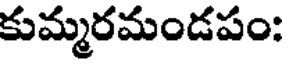
కుమ్మరమండపం: